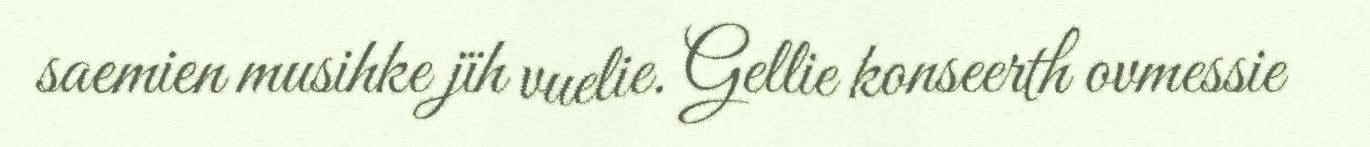
saemien musihke jïh vuelie. Gellie konseerth ovmessie